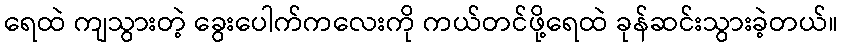
ရေထဲ ကျသွားတဲ့ ခွေးပေါက်ကလေးကို ကယ်တင်ဖို့ရေထဲ ခုန်ဆင်းသွားခဲ့တယ်။